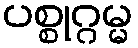
ပစ္စုဂ္ဂမ္မ